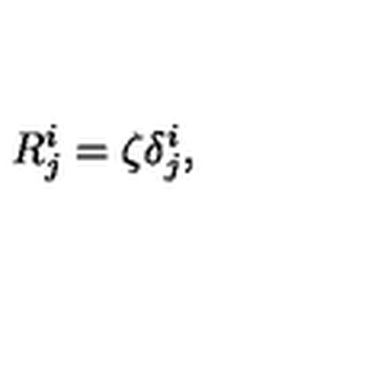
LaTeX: R _ { j } ^ { i } = \zeta \delta _ { j } ^ { i } ,